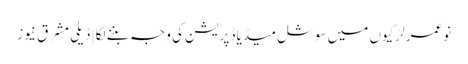
نوعمر لڑکیوں میں سوشل میڈیا ڈپریشن کی وجہ بننے لگا | ڈیلی مشرق نیوز